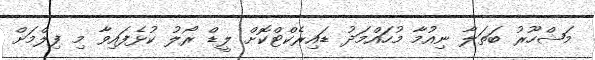
މަޝްހޫރު ބަތަލާ ނިއުމާ މުހައްމަދު ޑައިރެކްޓްކޮށް ލީޑް ރޯލު ކުޅެފައިވާ މި ފިލްމަށް